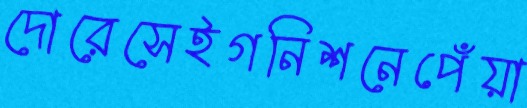
দোরেসেইগনিশনেপেঁয়া